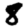
Digit: 8